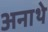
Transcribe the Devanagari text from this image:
अनाथे